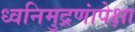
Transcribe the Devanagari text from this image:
ध्वनिमुद्रणांपेक्षा